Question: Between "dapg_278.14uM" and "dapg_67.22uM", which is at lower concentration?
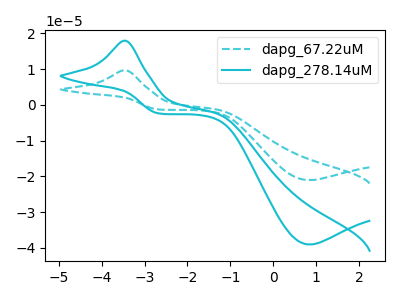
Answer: <think>The cyan dashed curve "dapg_67.22uM" has an anodic peak at (-3.45V, 9.65uA) and a cathodic peak at (0.85V, -21.05uA). The cyan curve "dapg_278.14uM" has an anodic peak at (-3.45V, 17.95uA) and a cathodic peak at (0.85V, -39.05uA).
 All the peaks in "dapg_278.14uM" have a peak in "dapg_67.22uM" at the same potential. Every peak in "dapg_278.14uM" is higher than every peak in "dapg_67.22uM".</think>
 <answer>"dapg_278.14uM" has more signal than "dapg_67.22uM" and so likely has a higher concentration.</answer>
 <eval>more_concentration</eval>